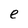
Character: e